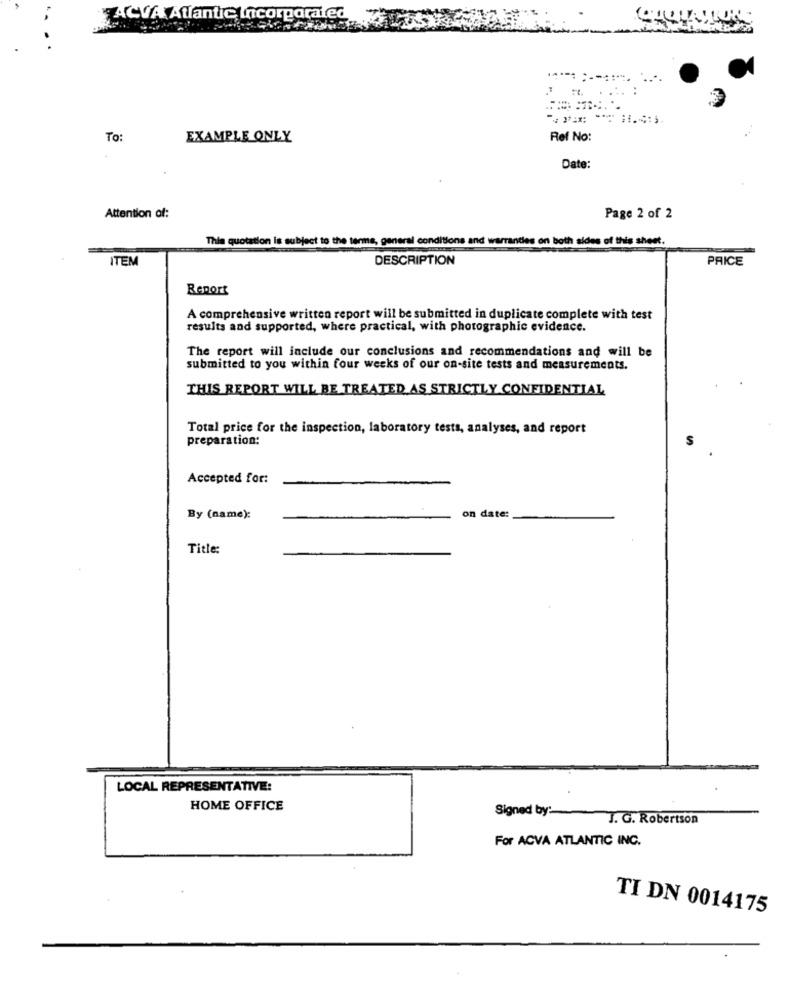
ACVA Atlantic Incorporated
To:
EXAMPLE ONLY
Ref No:
Date:
Attention of:
Page 2 of 2
This quotation is subject to the terms, general conditions and warranties on both sides of this sheet.
ITEM
DESCRIPTION
PRICE
Report
A comprehensive written report will be submitted in duplicate complete with test
results and supported, where practical, with photographic evidence.
The report will include our conclusions and recommendations and will be
submitted to you within four weeks of our on-site tests and measurements.
THIS REPORT WILL BE TREATED AS STRICTLY CONFIDENTIAL
Total price for the inspection, laboratory tests, analyses, and report
preparation:
Accepted for:
By (name):
on date:
Title:
LOCAL REPRESENTATIVE:
HOME OFFICE
Signed by:
J. G. Robertson
For ACVA ATLANTIC INC.
TI DN 0014175